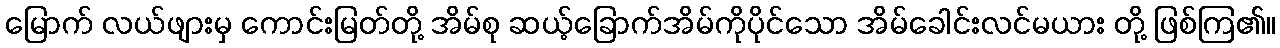
မြောက် လယ်ဖျားမှ ကောင်းမြတ်တို့ အိမ်စု ဆယ့်ခြောက်အိမ်ကိုပိုင်သော အိမ်ခေါင်းလင်မယား တို့ ဖြစ်ကြ၏။